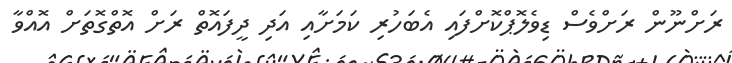
ރަށްނޫން ރަށްވެސް ޑިވެލޮޕްކޮށްފައި އެބަހުރި ކަމަށާއި އަދި ދީފައޮތް ރަށް އޮތްގޮތަށް އޮއްވާ